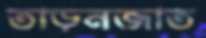
তাড়নজাত